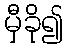
မှီခို၍